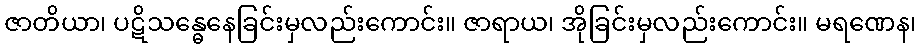
ဇာတိယာ၊ ပဋိသန္ဓေနေခြင်းမှလည်းကောင်း။ ဇာရာယ၊ အိုခြင်းမှလည်းကောင်း။ မရဏေန၊